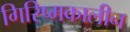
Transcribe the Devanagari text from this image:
गिरिष्मकालीन